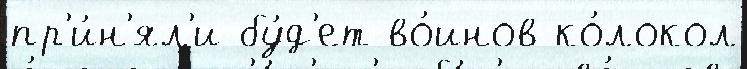
пр'и́н'ял'и бу́д'ет во́инов ко́локол